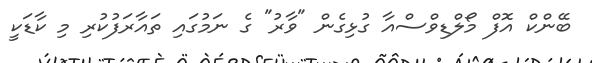
ބޭންކް އޮފް މޯލްޑިވްސްއާ ގުޅިގެން "ވާރު" ގެ ނަމުގައި ތައާރަފުކުރި މި ކާޑަކީ